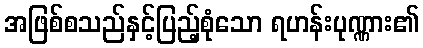
အဖြစ်စသည်နှင့်ပြည့်စုံသော ရဟန်းပုဏ္ဏား၏